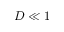
D \ll 1